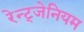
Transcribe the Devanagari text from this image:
रेन्ट्जेनियम